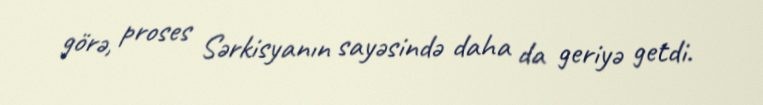
görə, proses Sərkisyanın sayəsində daha da geriyə getdi.